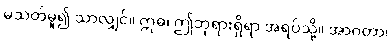
မသတ်မူ၍ သာလျှင်။ ဣဓ၊ ဤဘုရားရှိရာ အရပ်သို့။ အာဂတာ၊